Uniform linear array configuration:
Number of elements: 64
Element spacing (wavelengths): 0.25
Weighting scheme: exponential
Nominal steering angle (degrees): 45
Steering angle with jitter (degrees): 46.333
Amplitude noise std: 0.05
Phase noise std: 0.05

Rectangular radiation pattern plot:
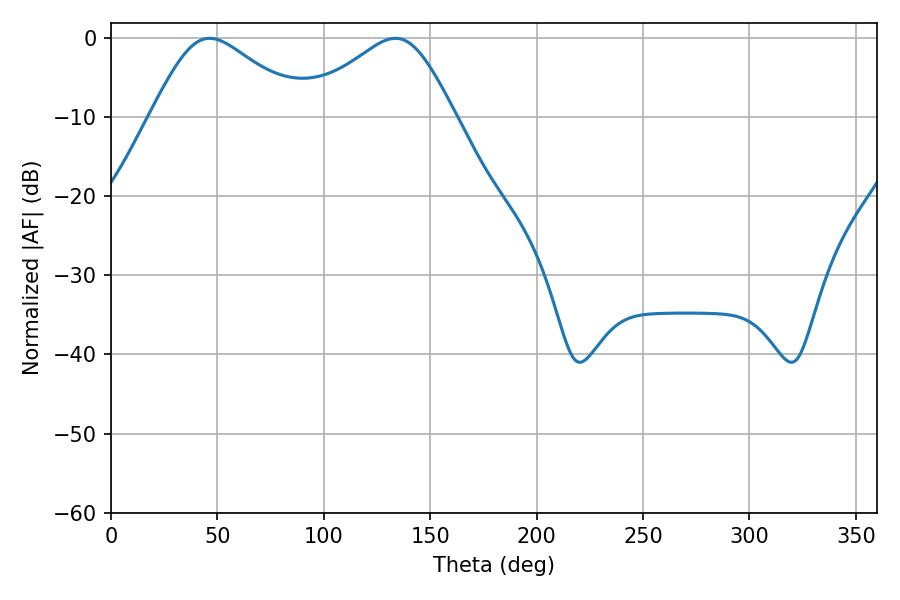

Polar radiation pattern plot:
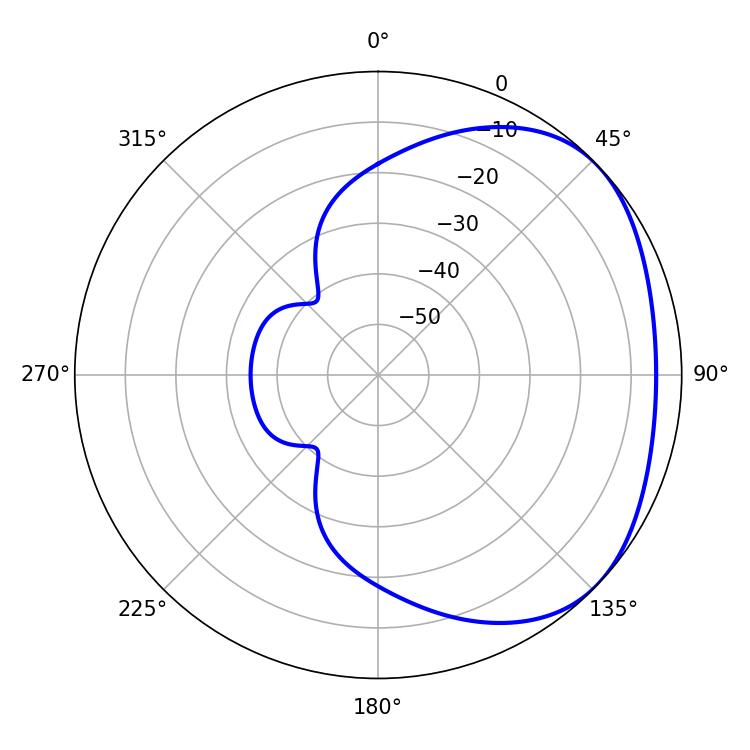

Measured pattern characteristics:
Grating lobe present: FALSE
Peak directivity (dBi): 2.684
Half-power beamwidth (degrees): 35.82
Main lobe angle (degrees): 46.26